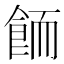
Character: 𱃦